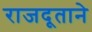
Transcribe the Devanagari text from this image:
राजदूताने